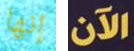
إنها الآن